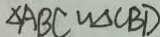
\Delta A B C \sim \Delta C B D